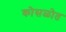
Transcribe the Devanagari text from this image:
कोसळोत